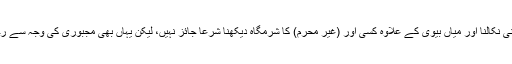
اسی طرح ہاتھ سے منی نکالنا اور میاں بیوی کے علاوہ کسی اور (غیر محرم) کا شرمگاہ دیکھنا شرعاً جائز نہیں، لیکن یہاں بھی مجبوری کی وجہ سے رخصت پائی جاتی ہے۔